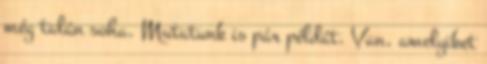
még talán soha. Mutatunk is pár példát. Van, amelyiket